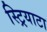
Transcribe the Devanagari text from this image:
स्ट्रियाटा